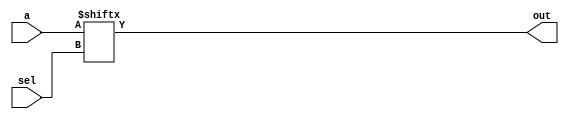
//mux selects by little endian
module four_input_bit_mux(input[3 : 0] a, input[1 : 0] sel, output out);
  assign out = a[sel];
endmodule

//mux selects by little endian
module four_input_word_mux(input[127 : 0] a, input[1 : 0] sel, output[31 : 0] out);
  assign out = a[{sel, 5'b0} +: 32];
endmodule